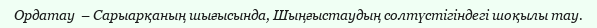
Ордатау  – Сарыарқаның шығысында, Шыңғыстаудың солтүстігіндегі шоқылы тау.